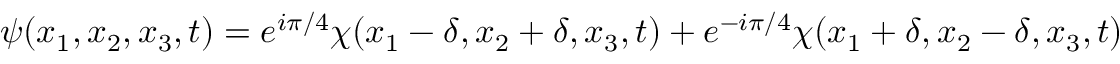
\psi ( x _ { 1 } , x _ { 2 } , x _ { 3 } , t ) = e ^ { i \pi / 4 } \chi ( x _ { 1 } - \delta , x _ { 2 } + \delta , x _ { 3 } , t ) + e ^ { - i \pi / 4 } \chi ( x _ { 1 } + \delta , x _ { 2 } - \delta , x _ { 3 } , t )